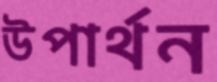
উপার্থন